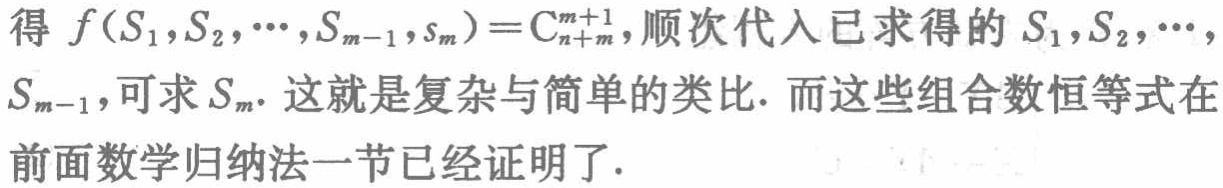
得 \(f(S_{1},S_{2},\cdots,S_{m - 1},s_{m})=\mathrm{C}_{n + m}^{m+1}\)，顺次代入已求得的 \(S_{1},S_{2},\cdots,\) \(S_{m - 1}\)，可求 \(S_{m}\). 这就是复杂与简单的类比. 而这些组合数恒等式在前面数学归纳法一节已经证明了.